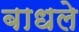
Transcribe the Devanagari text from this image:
बाधले